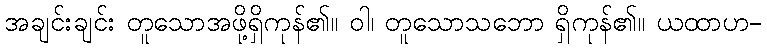
အချင်းချင်း တူသောအဖို့ရှိကုန်၏။ ဝါ၊ တူသောသဘော ရှိကုန်၏။ ယထာဟ-